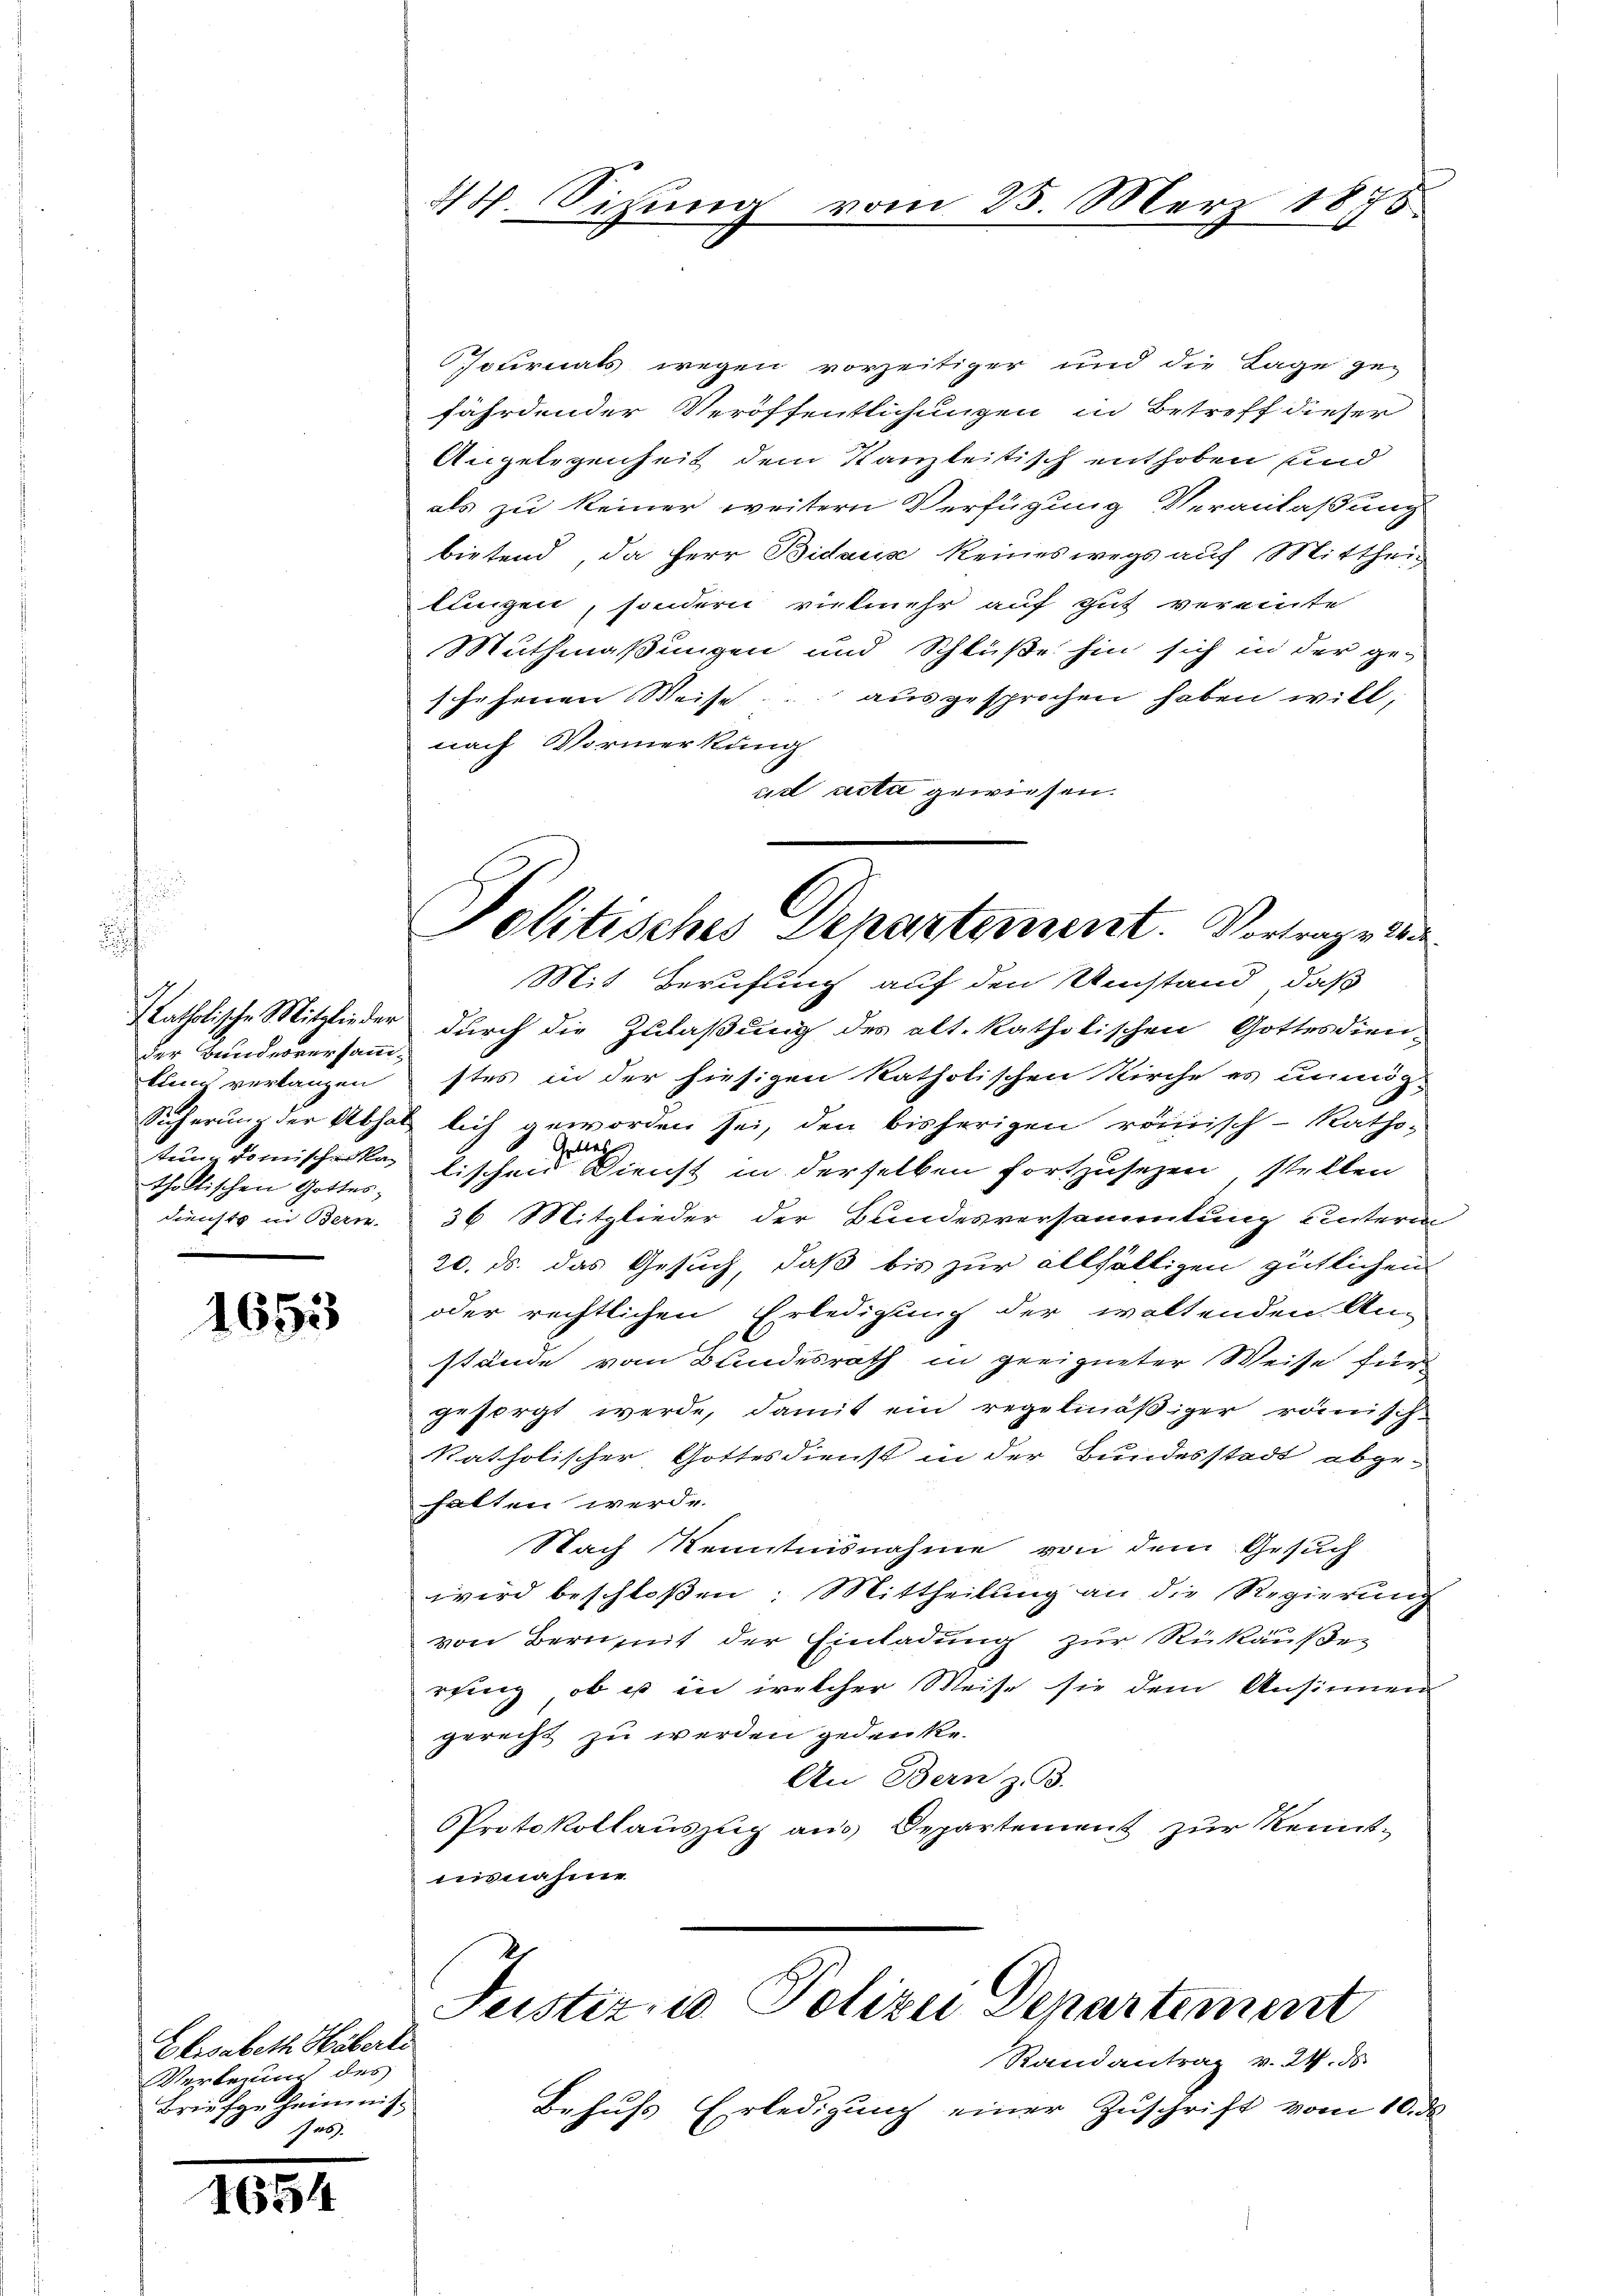
der Bundesversammkung verlangen
thaltischen Gottes¬

1653

Elisabeth Häbertr
Vertruung des
Briefgeheimnis
Jro

1654

Pournals wegen vorzeitiger und die Lage geg
fährdender Veröffentlichungen in Betreff dieser
Angelegenheit dem Kanzleitisch enthoben und
als zu keiner weitern Verfügung Veranlaßung
bietend, da Herr Bidaus keineswegs auf Mittheil
klingen, sondern vielmehr auf gut vereinte
Muthmaßungen und Schlüße hin sich in der ge-
1 hehenen Weise ausgesprochen haben will,
nach Vormerkung
ad acta gewiesen.

44. Sitzung

vom 25. März 1875.

Politisches Departement. Vortrage lie

Justiz- u Polizei Departement

Mit Berufung auf den Umstand, daß
Patholische Mitglieder durch die Zulaßung des alt. katholischen Gottesdien-
stes in der hiesigen katholischen Kirche es unmög-
Sicherung der Absatz lich geworden sei, den bisherigen römisch-katho-
Gottes
stein Domischenke lischen Dienst in derselben fortzusetzen, stellen
diensts in Bern. 36 Mitglieder der Bundesversammlung unterm
20. ds. das Gesuch, daß bis zur allfälligen gütlichen
oder rechtlichen Erledigung der waltenden An-
stände vom Bundesrath in geeigneter Weise für
gesorgt werde, damit ein regelmäßiger römisch-
katholischer Gottesdienst in der Bundesstadt abge-
halten werde.
Nach Kenntnisnahme von dem Gesuch
wird beschloßen: Mittheilung an die Regierung
von Bern mit der Einladung zur Rückäußer
rung, ob es in welcher Weise sie dem Ansinnen
gerecht zu werden gedenke.
An Bern z. B.
Protokollauszug aus Departement zur Kenntisnahme

Randantrag v. 24. ds.
Behufs Erledigung einer Zuschrift vom 10. ds